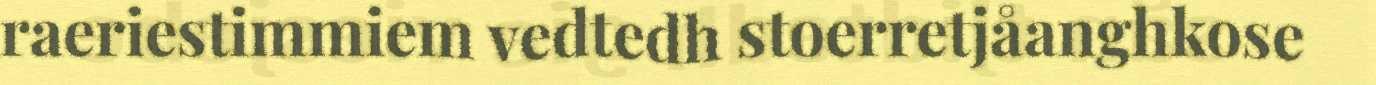
raeriestimmiem vedtedh stoerretjåanghkose